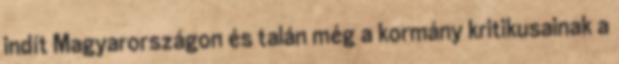
indít Magyarországon és talán még a kormány kritikusainak a